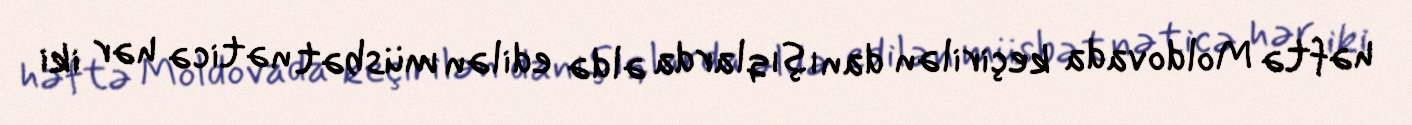
həftə Moldovada keçirilən danışıqlarda əldə edilən müsbət nəticə hər iki